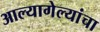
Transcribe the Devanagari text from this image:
आल्यागेल्यांचा